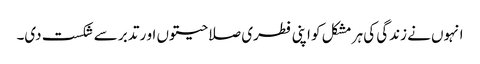
انہوں نے زندگی کی ہر مشکل کو اپنی فطری صلاحیتوں او ر تدبر سے شکست دی۔